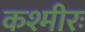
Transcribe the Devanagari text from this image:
कश्मीरः